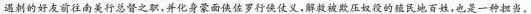
遇刺的好友前往南美行总督之职，并化身蒙面侠佐罗行侠仗义，解救被欺压奴役的殖民地百姓，也是一种担当。